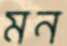
মন